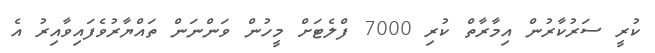
ކުރީ ސަރުކާރުން އިމާރާތް ކުރި 7000 ފްލެޓަށް މީހުން ވަންނަން ތައްޔާރުވެފައިވާއިރު އެ